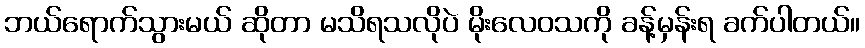
ဘယ်ရောက်သွားမယ် ဆိုတာ မသိရသလိုပဲ မိုးလေဝသကို ခန့်မှန်းရ ခက်ပါတယ်။